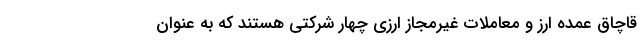
قاچاق عمده ارز و معاملات غیرمجاز ارزی چهار شرکتی هستند که به عنوان